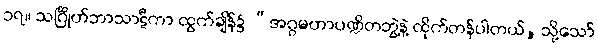
၁၇။ သင်္ဂြိုဟ်ဘာသာဋီကာ ထွက်ချိန်၌ “အဂ္ဂမဟာပဏ္ဍိတဘွဲ့နဲ့ ထိုက်တန်ပါတယ်, သို့သော်